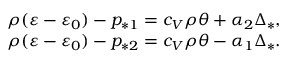
\begin{array} { r } { \rho ( \varepsilon - \varepsilon _ { 0 } ) - p _ { * 1 } = c _ { V } \rho \theta + \alpha _ { 2 } \Delta _ { * } , } \\ { \rho ( \varepsilon - \varepsilon _ { 0 } ) - p _ { * 2 } = c _ { V } \rho \theta - \alpha _ { 1 } \Delta _ { * } . } \end{array}